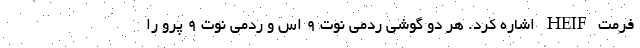
فرمت HEIF اشاره کرد. هر دو گوشی ردمی نوت ۹ اس و ردمی نوت ۹ پرو را